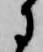
に